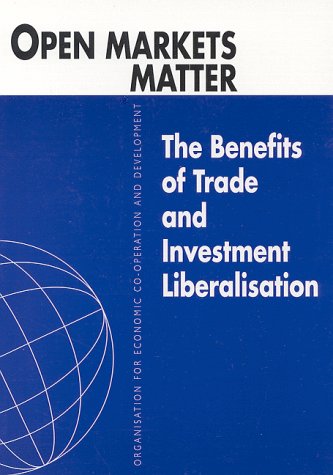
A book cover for Open Markets Matter: The Benefits of Trade and Investment Liberalisation; Oecd; Law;